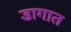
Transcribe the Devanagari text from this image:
डागात